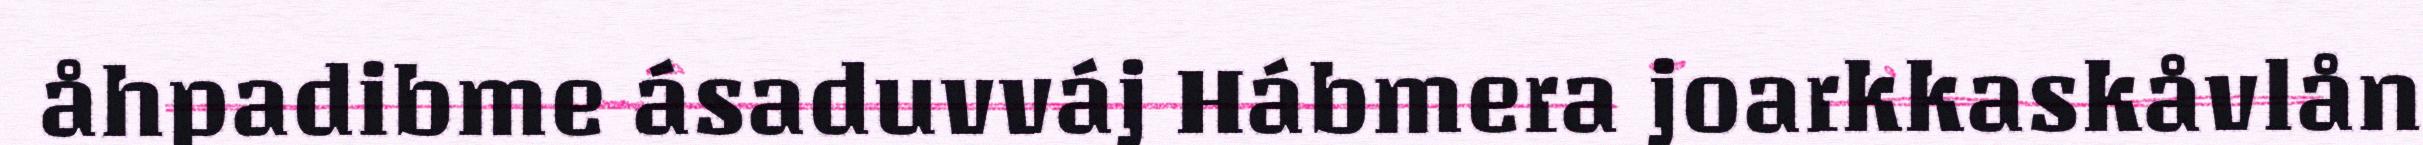
åhpadibme ásaduvváj Hábmera joarkkaskåvlån